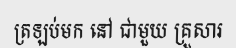
ត្រឡប់មក នៅ ជាមួយ គ្រួសារ